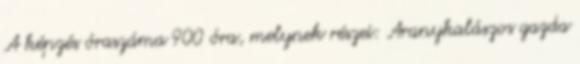
A képzés óraszáma 900 óra, melynek részei: Aranykalászos gazda